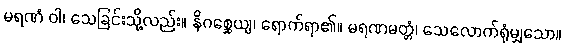
မရဏံ ဝါ၊ သေခြင်းသို့လည်း။ နိဂစ္ဆေယျ၊ ရောက်ရာ၏။ မရဏမတ္တံ၊ သေလောက်ရုံမျှသော။